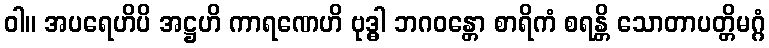
ဝါ။ အပရေဟိပိ အဋ္ဌဟိ ကာရဏေဟိ ဗုဒ္ဓါ ဘဂဝန္တော စာရိကံ စရန္တိ သောတာပတ္တိမဂ္ဂံ